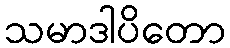
သမာဒါပိတော